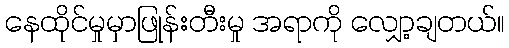
နေထိုင်မှုမှာဖြုန်းတီးမှု အရာကို လျှော့ချတယ်။